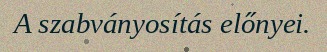
A szabványosítás előnyei.